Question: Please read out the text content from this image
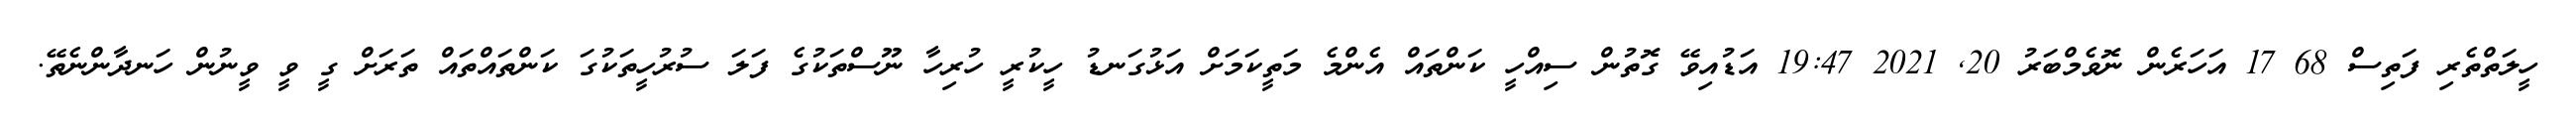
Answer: ހީލަތްތެރި ފަތިސް 68 17 އަހަރެން ނޮވެމްބަރު 20, 2021 19:47 އަޑުއިވޭ ގޮތުން ސިއްހީ ކަންތައް އެންމެ މަތީކަމަށް އަޅުގަނޑު ހީކުރީ ހުރިހާ ނޫސްތަކުގެ ފަލަ ސުރުހީތަކުގަ ކަންތައްތައް ތަރަށް ގީ ވީ ވީނުން ހަނދާންނެތޭ.